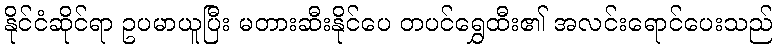
နိုင်ငံဆိုင်ရာ ဥပမာယူပြီး မတားဆီးနိုင်ပေ တပင်ရွှေထီး၏ အလင်းရောင်ပေးသည်